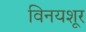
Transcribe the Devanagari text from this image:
विनयशूर